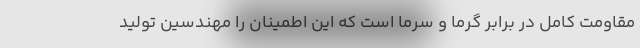
مقاومت کامل در برابر گرما و سرما است که این اطمینان را مهندسین تولید